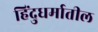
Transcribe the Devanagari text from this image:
हिंदुधर्मातील